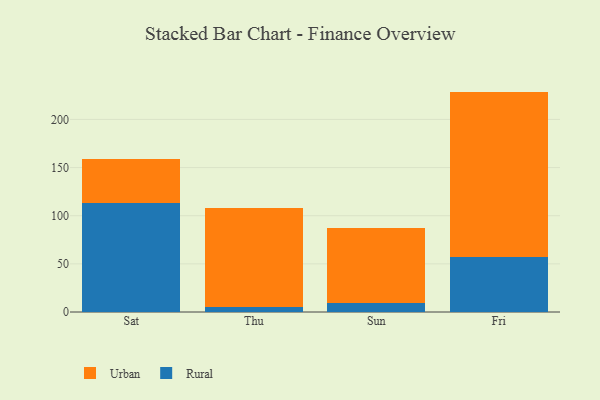
{"axis": {"x": "Day", "y": "Gross Profit (USD K)"}, "legend": ["Rural", "Urban"], "data": [{"x": "Sat", "y": 113.6, "type": "Rural"}, {"x": "Sat", "y": 45.3, "type": "Urban"}, {"x": "Thu", "y": 5.4, "type": "Rural"}, {"x": "Thu", "y": 102.1, "type": "Urban"}, {"x": "Sun", "y": 9.2, "type": "Rural"}, {"x": "Sun", "y": 77.6, "type": "Urban"}, {"x": "Fri", "y": 57.6, "type": "Rural"}, {"x": "Fri", "y": 171.3, "type": "Urban"}]}